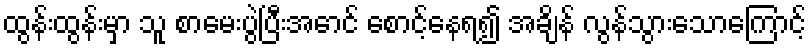
ထွန်းထွန်းမှာ သူ စာမေးပွဲပြီးအောင် စောင့်နေရ၍ အချိန် လွန်သွားသောကြောင့်